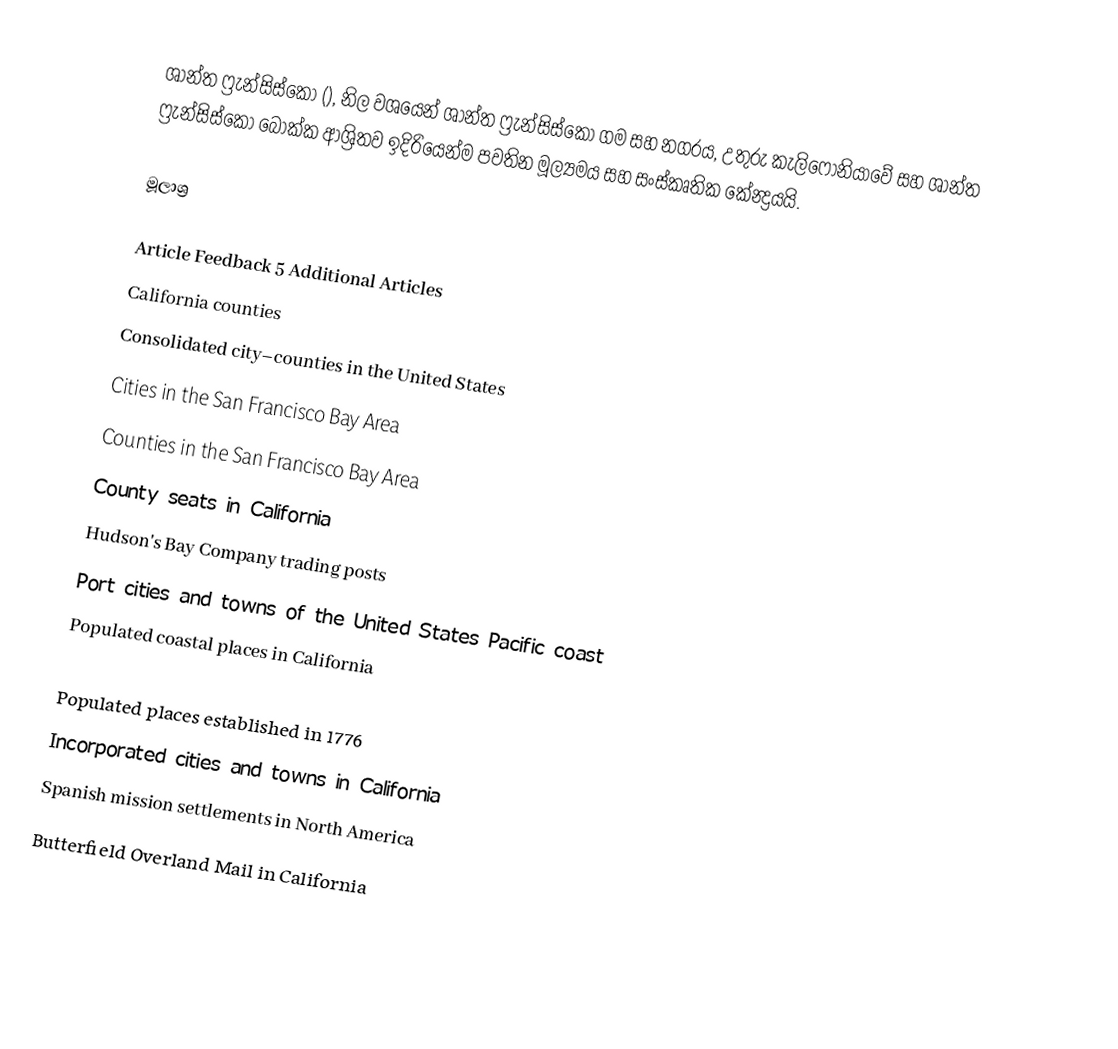
ශාන්ත ෆ්‍රැන්සිස්කෝ (), නිල වශයෙන් ශාන්ත ෆ්‍රැන්සිස්කෝ ගම සහ නගරය​, උතුරු කැලිෆෝනියාවේ සහ ශාන්ත ෆ්‍රැන්සිස්කෝ බොක්ක ආශ්‍රිතව ඉදිරියෙන්ම පවතින මූල්‍යමය සහ සංස්කෘතික කේන්‍ද්‍රයයි.

මූලාශ්‍ර

Article Feedback 5 Additional Articles
California counties
Consolidated city–counties in the United States
Cities in the San Francisco Bay Area
Counties in the San Francisco Bay Area
County seats in California
Hudson's Bay Company trading posts
Port cities and towns of the United States Pacific coast
Populated coastal places in California

Populated places established in 1776
Incorporated cities and towns in California
Spanish mission settlements in North America
Butterfield Overland Mail in California